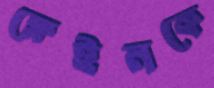
ক্লেইনকে